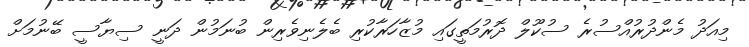
މިއަދު މެންދުރުއްސުރެ ސުކޫލް ދޮރުމަތީގައި މުޒާހަރާކުރި ބެލެނިވެރިން ބުނަމުން ދަނީ ސިޔާސީ ބޭނުމަށް